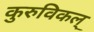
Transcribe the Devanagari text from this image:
कुरुविकल्